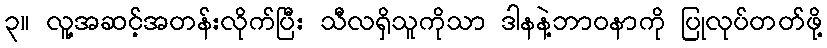
၃။ လူ့အဆင့်အတန်းလိုက်ပြီး သီလရှိသူကိုသာ ဒါနနဲ့ဘာဝနာကို ပြုလုပ်တတ်ဖို့